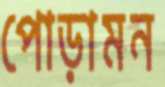
পোড়ামন